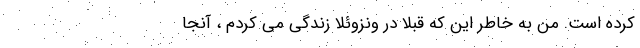
کرده است. من به خاطر این که قبلا در ونزوئلا زندگی می‌ کردم ، آنجا